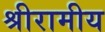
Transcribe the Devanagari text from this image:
श्रीरामीय